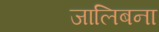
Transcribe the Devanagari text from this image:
जालिबना